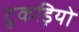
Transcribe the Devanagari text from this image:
टुकड़ियो